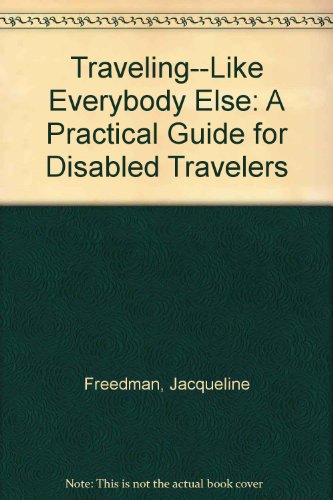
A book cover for Traveling...Like Everybody Else: A Practical Guide for Disabled Travelers; Jacqueline Freedman; Travel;